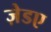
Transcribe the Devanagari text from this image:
ज़ेडए